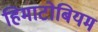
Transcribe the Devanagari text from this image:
हिमाटोबियम